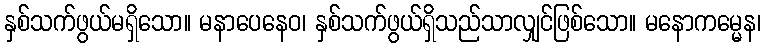
နှစ်သက်ဖွယ်မရှိသော။ မနာပေနေဝ၊ နှစ်သက်ဖွယ်ရှိသည်သာလျှင်ဖြစ်သော။ မနောကမ္မေန၊